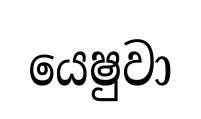
යෙෂුවා